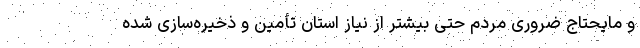
و مایحتاج ضروری مردم حتی بیشتر از نیاز استان تأمین و ذخیره‌سازی شده